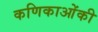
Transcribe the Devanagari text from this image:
कणिकाओंकी